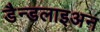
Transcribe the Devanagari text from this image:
डैन्डलाइअन